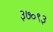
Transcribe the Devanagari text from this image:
३७०९३